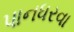
પાનધરવા